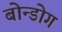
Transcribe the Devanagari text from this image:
बोन्डोग